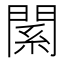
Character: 𨵆